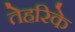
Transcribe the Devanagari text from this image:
तेहरिके